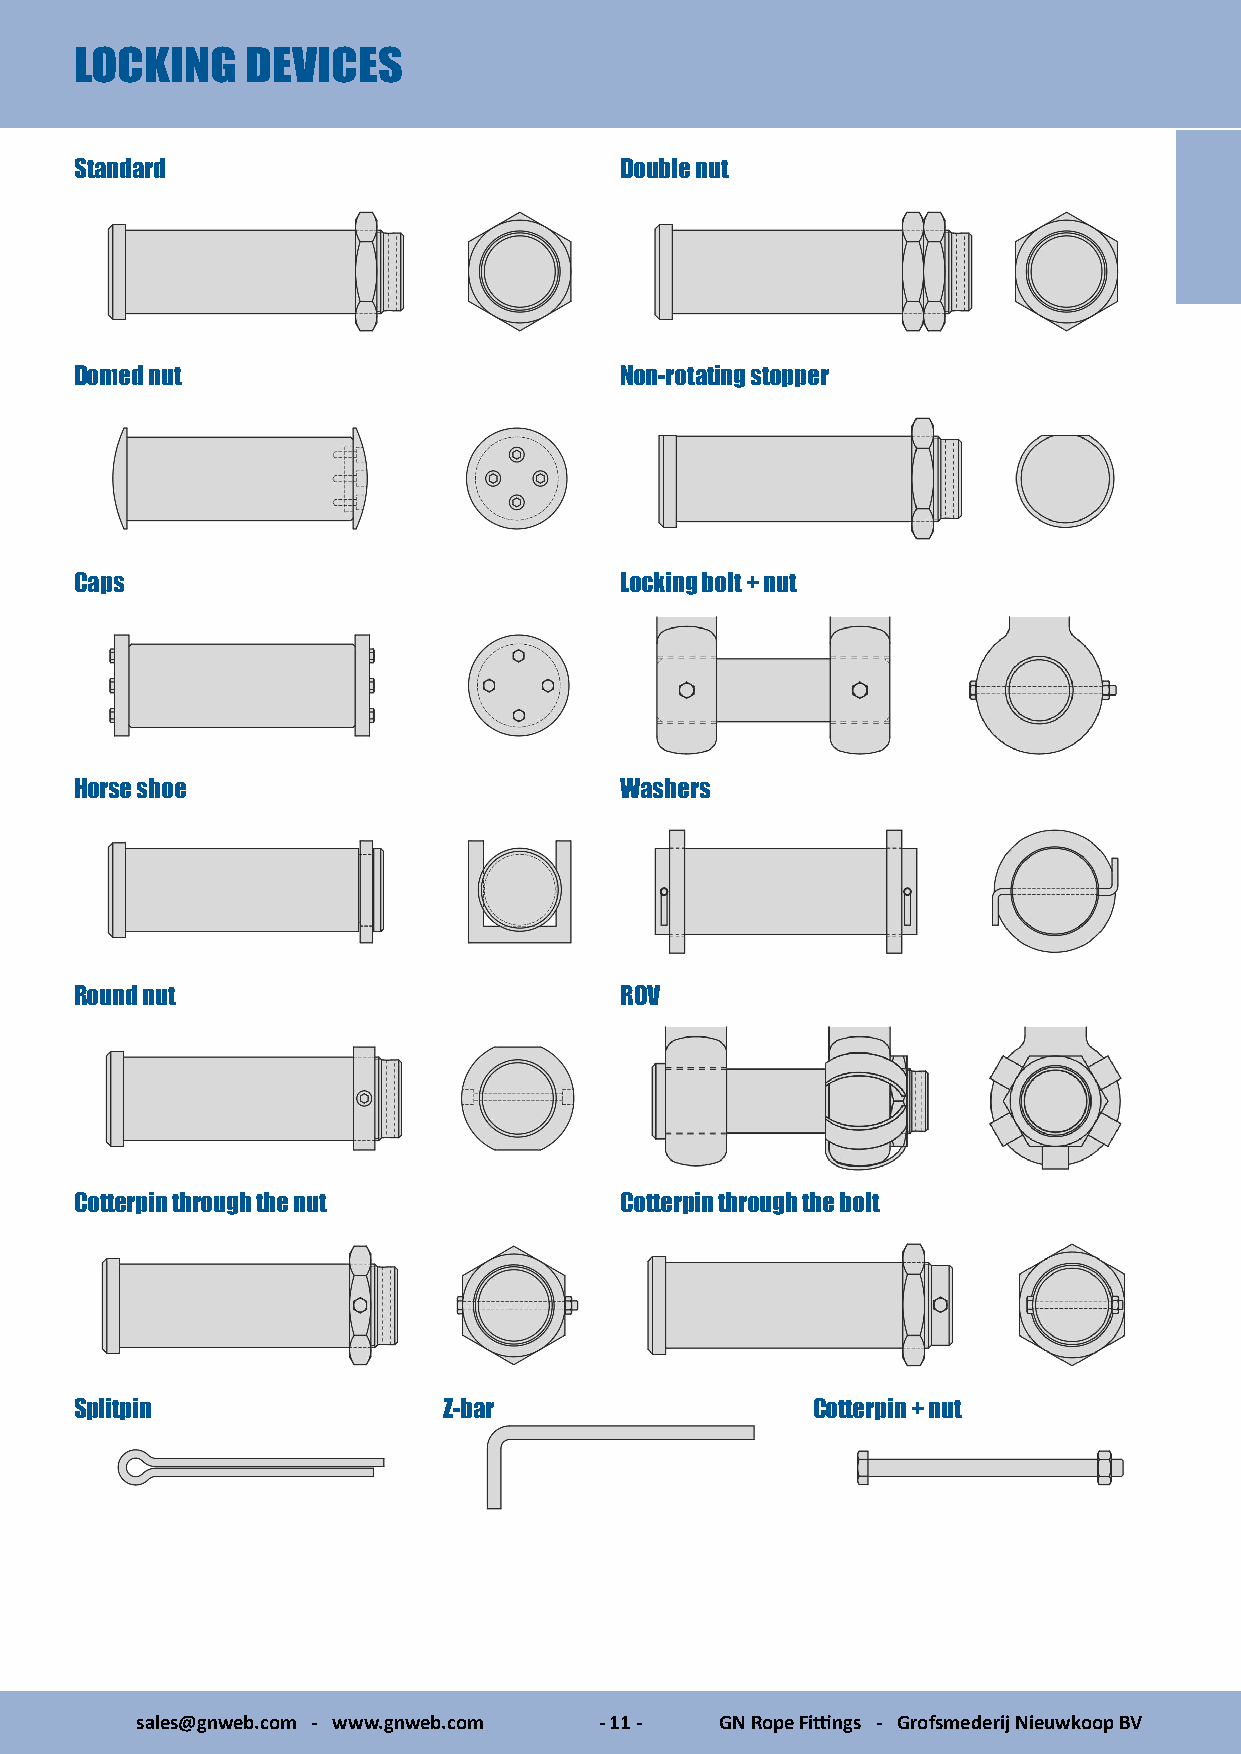
LOCKING    DEVICES
 Standard                            Double nut
 Domed nut                           Non-rotating stopper
 Caps                                Locking bolt + nut
 Horse shoe                          Washers
 Round nut                           ROV
 Cotterpin through the nut           Cotterpin through the bolt
 Splitpin                Z-bar                    Cotterpin + nut
 sales@gnweb.com - www.gnweb.com - 11 - GN Rope Fittings - Grofsmederij Nieuwkoop BV